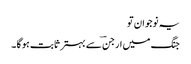
یہ نوجوان تو
جنگ میں ارجنؔ سے بہتر ثابت ہو گا ۔